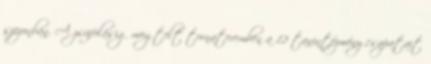
szezonban. A zsúfolásig megtelt tornateremben a 12 tanintézmény csapatait